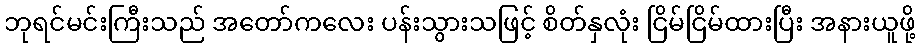
ဘုရင်မင်းကြီးသည် အတော်ကလေး ပန်းသွားသဖြင့် စိတ်နှလုံး ငြိမ်ငြိမ်ထားပြီး အနားယူဖို့